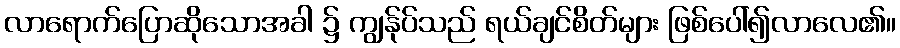
လာရောက်ပြောဆိုသောအခါ ၌ ကျွန်ုပ်သည် ရယ်ချင်စိတ်များ ဖြစ်ပေါ်၍လာလေ၏။